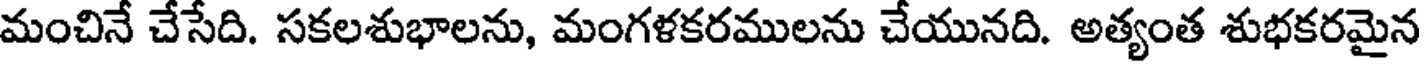
మంచినే చేసేది. సకలశుభాలను, మంగళకరములను చేయునది. అత్యంత శుభకరమైన